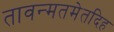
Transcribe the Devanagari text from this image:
तावन्मतमेतदिह